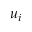
u _ { i }